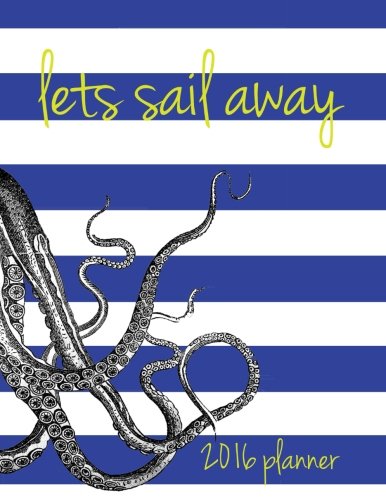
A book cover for Lets Sail Away: end of 2015 - 2016 Planner (L. Bragonier Designs); L. Bragonier; Self-Help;